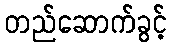
တည်ဆောက်ခွင့်